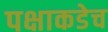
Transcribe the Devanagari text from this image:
पक्षाकडेच